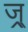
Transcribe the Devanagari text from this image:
ज्र्